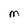
Character: M